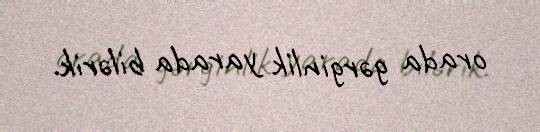
orada gərginlik yarada bilərik.